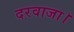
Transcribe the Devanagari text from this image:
दरवाजा।